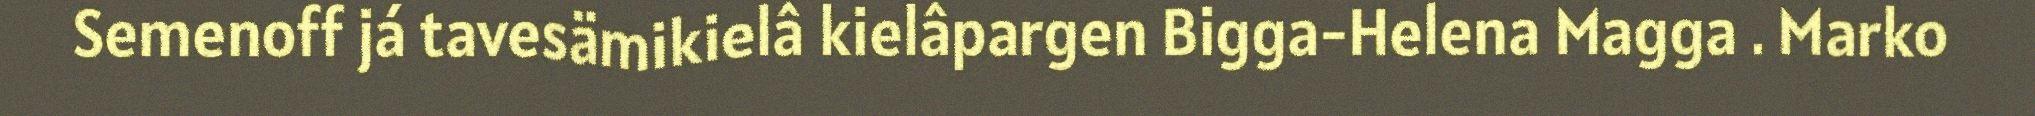
Semenoff já tavesämikielâ kielâpargen Bigga-Helena Magga . Marko